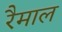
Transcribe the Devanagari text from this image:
रैमाल